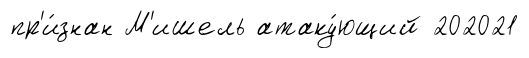
пр'и́знан М'ишель атаку́ющий 202021